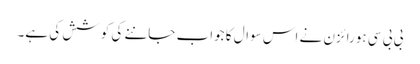
بی بی سی ہورائزن نے اس سوال کا جواب جاننے کی کوشش کی ہے۔